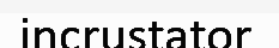
incrustator